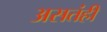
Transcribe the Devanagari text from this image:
असतंही